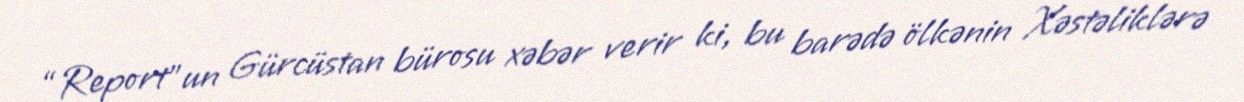
“Report”un Gürcüstan bürosu xəbər verir ki, bu barədə ölkənin Xəstəliklərə